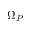
\Omega _ { P }